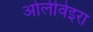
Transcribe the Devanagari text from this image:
ओलीवेइरा